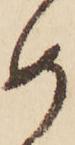
め